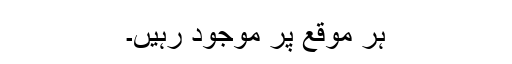
ہر موقع پر موجود رہیں۔